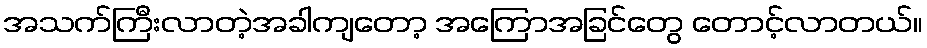
အသက်ကြီးလာတဲ့အခါကျတော့ အကြောအခြင်တွေ တောင့်လာတယ်။